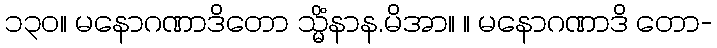
၁၃၀။ မနောဂဏာဒိတော သ္မိံနာန.မိအာ။ ။ မနောဂဏာဒိ တော-